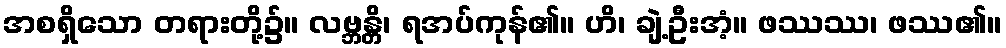
အစရှိသော တရားတို့၌။ လဗ္ဘန္တိ၊ ရအပ်ကုန်၏။ ဟိ၊ ချဲ့ဦးအံ့။ ဖဿဿ၊ ဖဿ၏။